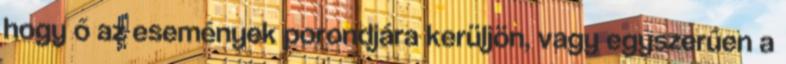
hogy ő az események porondjára kerüljön, vagy egyszerűen a